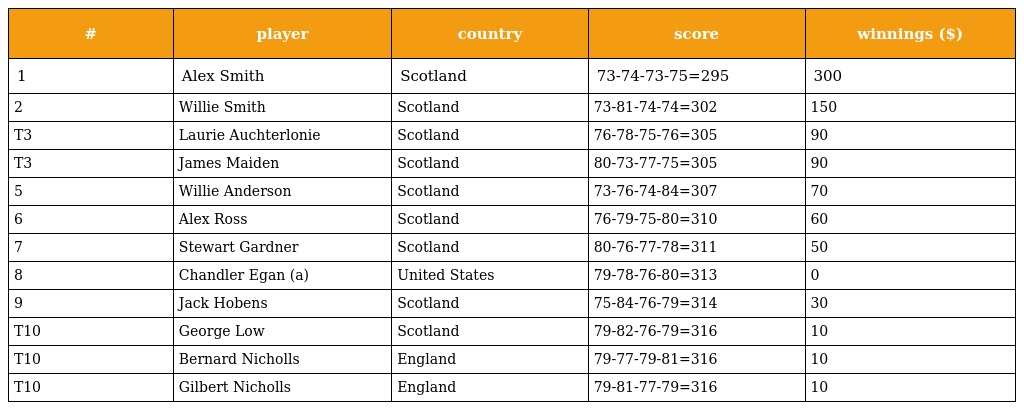
| # | player | country | score | winnings ($) |
 | --- | --- | --- | --- | --- |
 | 1 | Alex Smith | Scotland | 73-74-73-75=295 | 300 |
 | 2 | Willie Smith | Scotland | 73-81-74-74=302 | 150 |
 | T3 | Laurie Auchterlonie | Scotland | 76-78-75-76=305 | 90 |
 | T3 | James Maiden | Scotland | 80-73-77-75=305 | 90 |
 | 5 | Willie Anderson | Scotland | 73-76-74-84=307 | 70 |
 | 6 | Alex Ross | Scotland | 76-79-75-80=310 | 60 |
 | 7 | Stewart Gardner | Scotland | 80-76-77-78=311 | 50 |
 | 8 | Chandler Egan (a) | United States | 79-78-76-80=313 | 0 |
 | 9 | Jack Hobens | Scotland | 75-84-76-79=314 | 30 |
 | T10 | George Low | Scotland | 79-82-76-79=316 | 10 |
 | T10 | Bernard Nicholls | England | 79-77-79-81=316 | 10 |
 | T10 | Gilbert Nicholls | England | 79-81-77-79=316 | 10 |